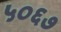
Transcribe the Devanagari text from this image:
५०६७